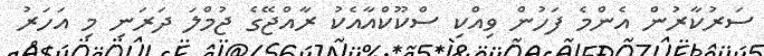
ސަރުކާރުން އެންމެ ފަހުން ވިއްކި ސްކޫކްއާއެކު ރާއްޖޭގެ ޖުމްލަ ދަރަނި މި އަހަރު